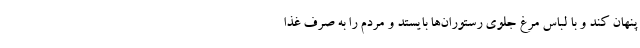
پنهان کند و با لباس مرغ جلوی رستوران‌ها بایستد و مردم را به صرف غذا